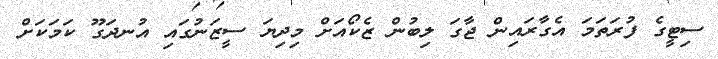
ސިޓީގެ ފުރަތަމަ އެގާރައިން ޖާގަ ލިބުން ޒެކޯއަށް މިދިޔަ ސީޒަނުގައި އުނދަގޫ ކަމަކަށް